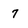
Character: 7